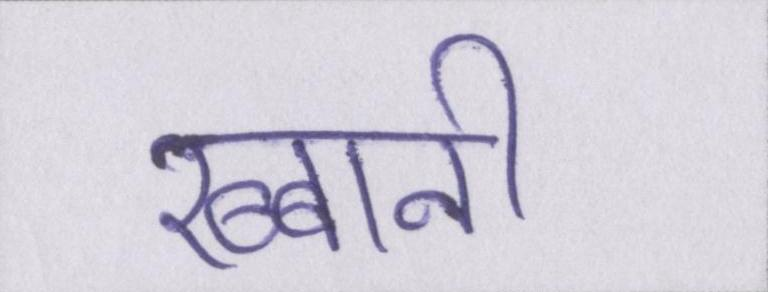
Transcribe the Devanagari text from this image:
रब्बानी